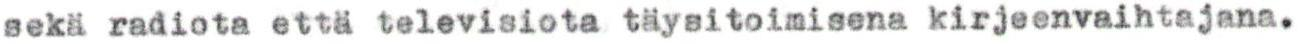
sekä radiota että televisiota täysitoimisena kirjeenvaihtajana.